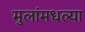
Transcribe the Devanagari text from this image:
मुलांमधल्या